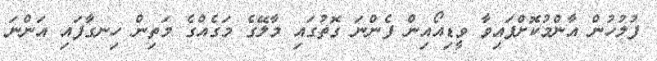
ފުލުހުން އާންމުކޮށްފައިވާ ވީޑިއޯއިން ފެންނަ ގޮތުގައި މާލޭގެ މަގެއްގެ މަތިން ހިނގާފައި އަންނަ